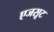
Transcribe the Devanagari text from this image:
एजसूट